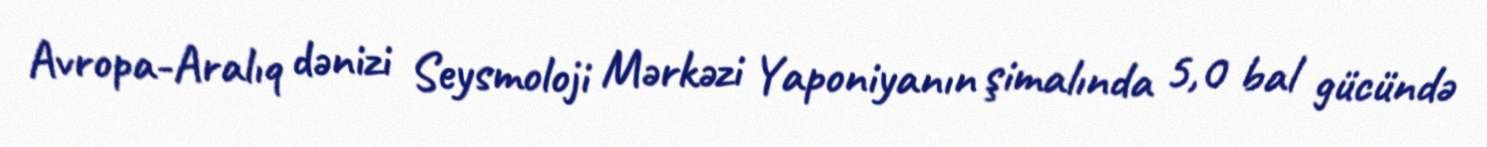
Avropa-Aralıq dənizi Seysmoloji Mərkəzi Yaponiyanın şimalında 5,0 bal gücündə